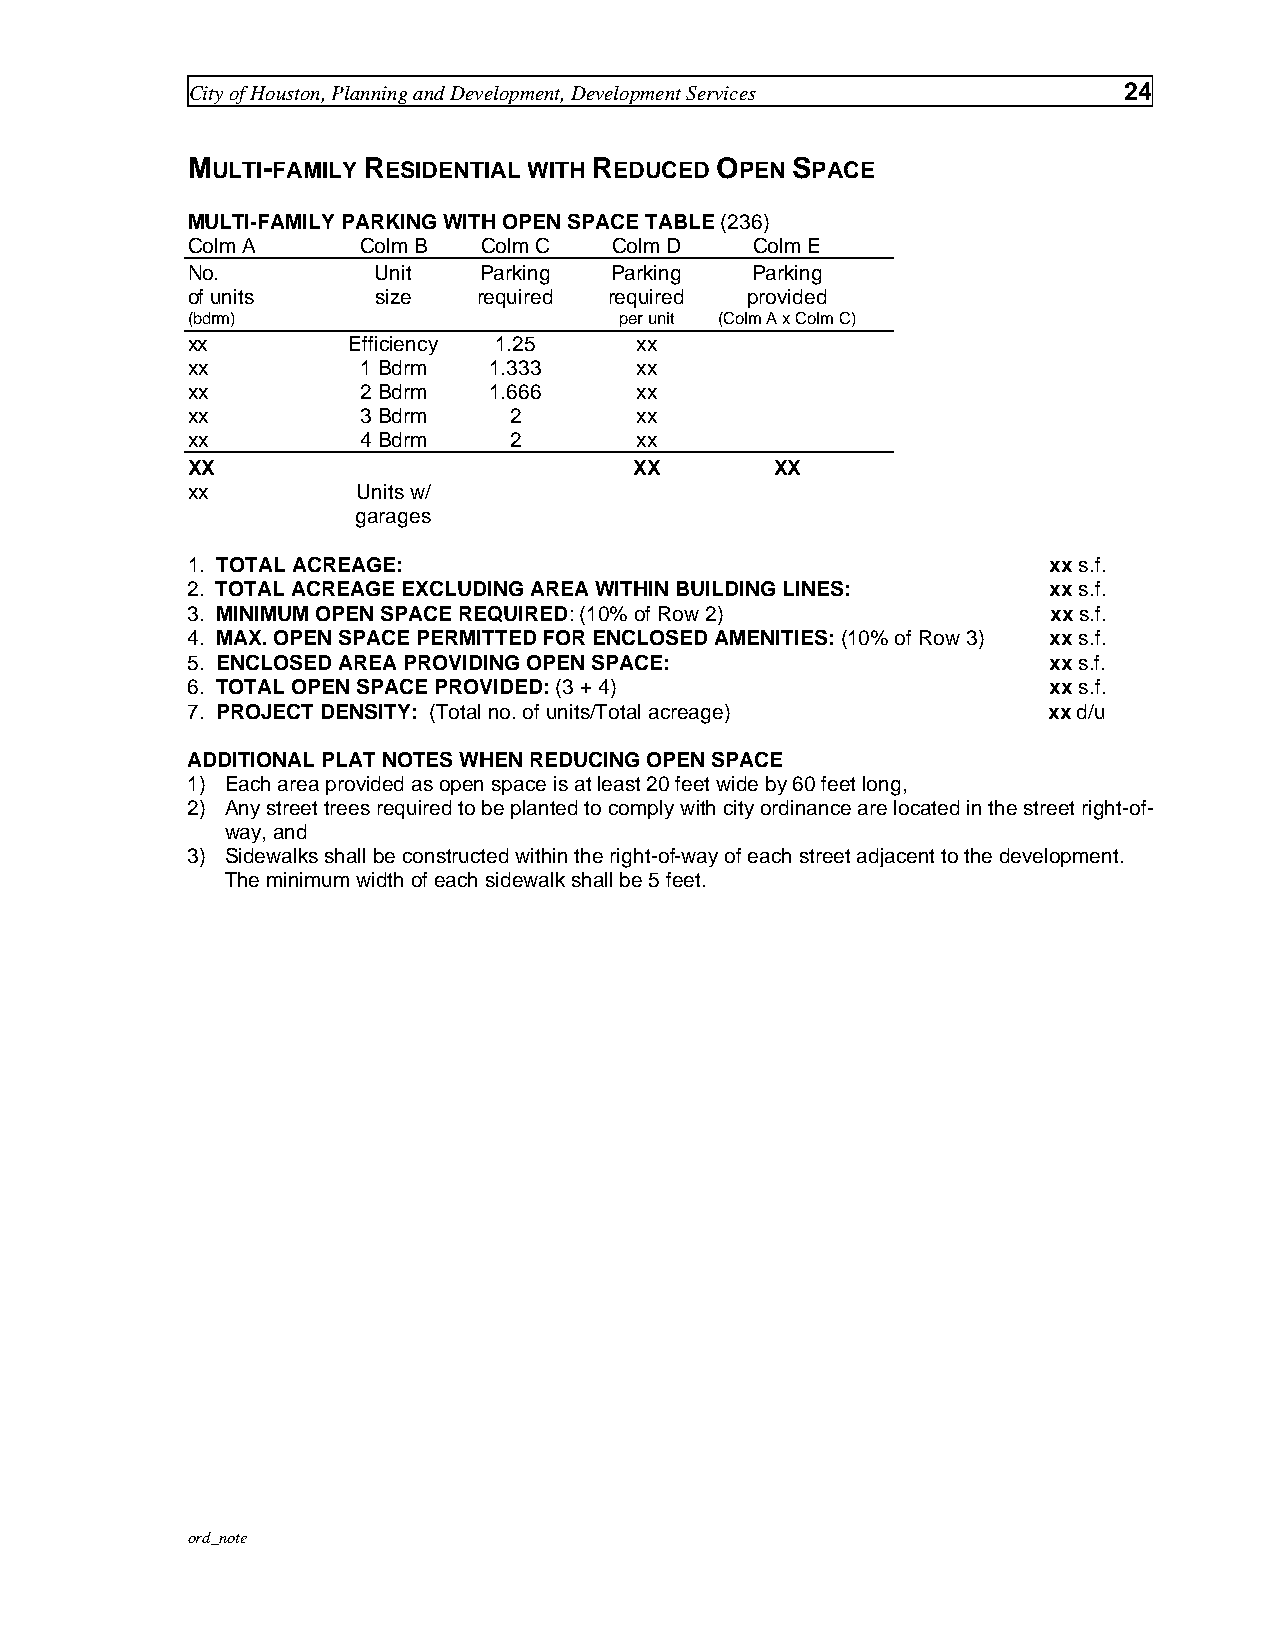
City of Houston, Planning and Development, Development Services 24
 MULTI-FAMILY RESIDENTIAL WITH REDUCED OPEN SPACE
 MULTI-FAMILY PARKING WITH OPEN SPACE TABLE (236)
 Colm A      Colm B  Colm C   Colm D   Colm E
 No.          Unit   Parking Parking   Parking
 of units     size   required required provided
 (bdrm)                       per unit (Colm A x Colm C)
 xx         Efficiency 1.25    xx
 xx          1 Bdrm  1.333     xx
 xx          2 Bdrm  1.666     xx
 xx          3 Bdrm    2       xx
 xx          4 Bdrm    2       xx
 XX                            XX       XX
 xx          Units w/
 garages
 1. TOTAL ACREAGE:                                        xx s.f.
 2. TOTAL ACREAGE EXCLUDING AREA WITHIN BUILDING LINES:   xx s.f.
 3. MINIMUM OPEN SPACE REQUIRED: (10% of Row 2)            xx s.f.
 4. MAX. OPEN SPACE PERMITTED FOR ENCLOSED AMENITIES: (10% of Row 3) xx s.f.
 5. ENCLOSED AREA PROVIDING OPEN SPACE:                   xx s.f.
 6. TOTAL OPEN SPACE PROVIDED: (3 + 4)                    xx s.f.
 7. PROJECT DENSITY: (Total no. of units/Total acreage)   xx d/u
 ADDITIONAL PLAT NOTES WHEN REDUCING OPEN SPACE
 1) Each area provided as open space is at least 20 feet wide by 60 feet long,
 2) Any street trees required to be planted to comply with city ordinance are located in the street right-of-
 way, and
 3) Sidewalks shall be constructed within the right-of-way of each street adjacent to the development.
 The minimum width of each sidewalk shall be 5 feet.
 ord_note